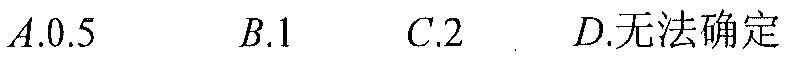
A.\(0.5\)  B.\(1\)  C.\(2\)  D.无法确定